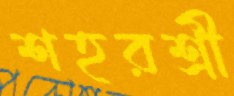
শহরশ্রী